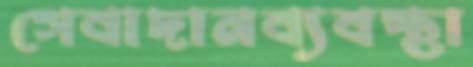
সেবাদানব্যবস্থা